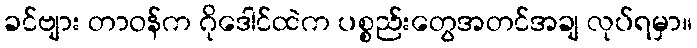
ခင်ဗျား တာဝန်က ဂိုဒေါင်ထဲက ပစ္စည်းတွေအတင်အချ လုပ်ရမှာ။